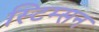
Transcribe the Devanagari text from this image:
स्टिम्सन